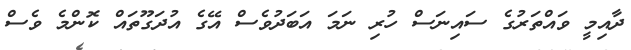
ދާއިމީ ވައްތަރުގެ ސައިނަސް ހުރި ނަމަ އަބަދުވެސް އޭގެ އުދަގޫތައް ކޮންމެ ވެސް